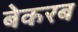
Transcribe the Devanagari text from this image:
बेकरब